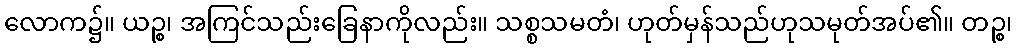
လောက၌။ ယဉ္စ၊ အကြင်သည်းခြေနာကိုလည်း။ သစ္စသမတံ၊ ဟုတ်မှန်သည်ဟုသမုတ်အပ်၏။ တဉ္စ၊